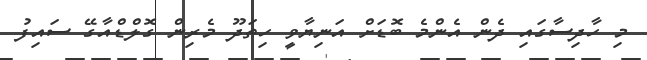
މި ހާދިސާގައި ދެން އެންމެ ބޮޑަށް އަނިޔާވީ ހިތަދޫ މެރިން ގޮލްޑްއާގޭ ސައިފު